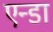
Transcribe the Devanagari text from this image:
एन्डा